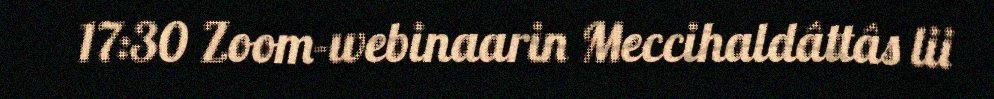
17:30 Zoom-webinaarin Meccihaldâttâs lii